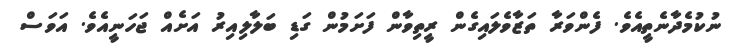
ނުކުމެދާނެތީއެވެ. ފެންވަރާ ތަޒާވެލައިގެން ރީތިވާން ފަށަމުން ގަޑި ބަލާލިއިރު އަށެއް ޖަހަނީއެވެ. އަވަސް